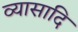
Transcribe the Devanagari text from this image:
व्यासादि